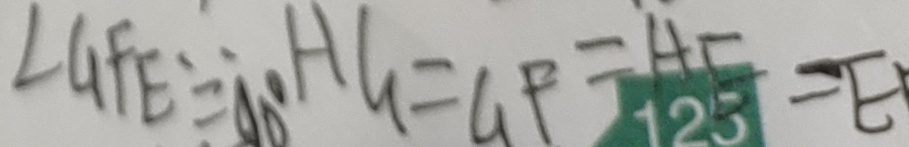
\angle G F E = 9 0 ^ { \circ } A G = G F = A E = E